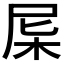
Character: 𣐉